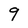
Character: 9